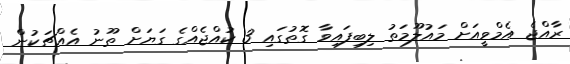
ރާއްޖެ އެމްވީއަށް މައުލޫމަތު ލިބިފައިވާ ގޮތުގައި 3 ކުއްޖެއްގެ ގަޔަށް ތޫނު އެއްޗަކުން